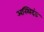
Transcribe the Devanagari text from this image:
अस्थिदंड